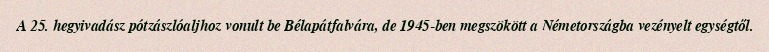
A 25. hegyivadász pótzászlóaljhoz vonult be Bélapátfalvára, de 1945-ben megszökött a Németországba vezényelt egységtől.